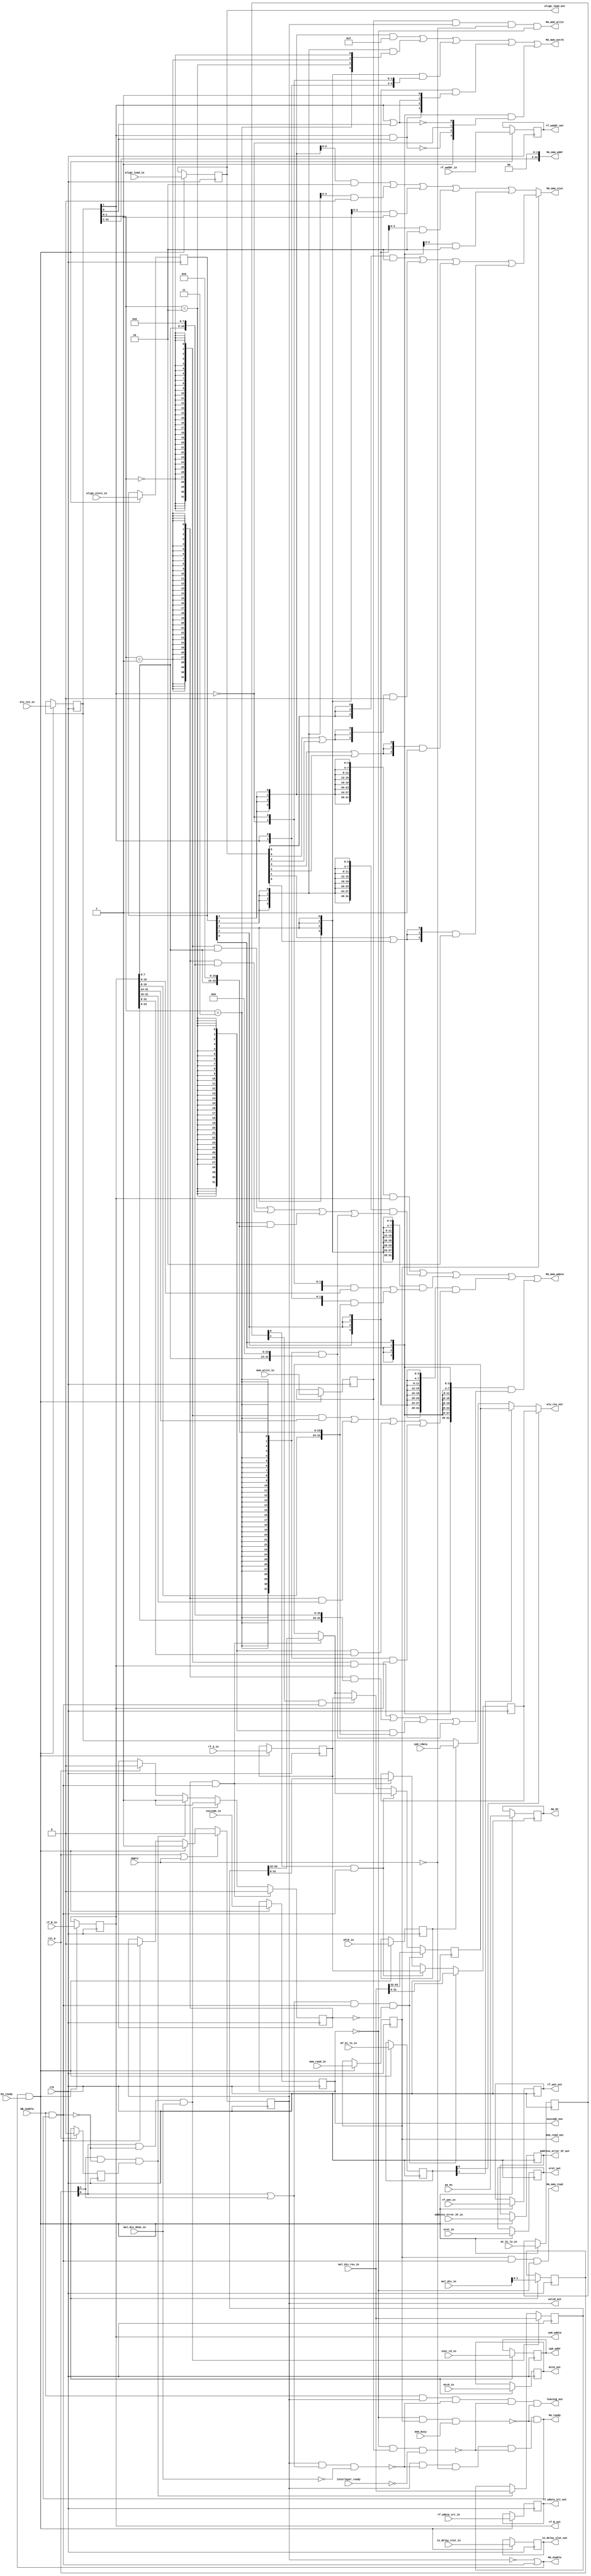
module MA(
    input clk,
    input rst_p,
    input empty,

    //pipeline signals
    input  EX_ready,
    output MA_enable,
    output MA_ready,
    input  WB_enable,

    //memory access signals
    input  interlayer_ready,
    output MA_mem_read,
    output MA_mem_write,
    output [ 3 : 0] MA_mem_wstrb,
    output [31 : 0] MA_mem_addr,
    output [ 2 : 0] MA_mem_size,
    output [31 : 0] MA_mem_wdata,
    input  mem_busy,

    //interact with EX
    input [4 : 0] inst_rd_in,

    input [31 : 0] rf_A_in,
    input [31 : 0] rf_B_in,

    input [4 : 0] rf_waddr_in,
    input [2 : 0] rf_wdata_src_in,
    input rf_wen_in,

    input [1 : 0] mf_hi_lo_in,
    input [1 : 0] mt_hi_lo_in,
    input [2 : 0] mul_div_in,

    input mem_read_in,
    input mem_write_in,
    input [6 : 0] align_load_in,
    input [4 : 0] align_store_in,

    input eret_in,
    input mfc0_in,
    input mtc0_in,

    input [31 : 0] alu_res_in,

    input [31 : 0] EX_PC,

    input in_delay_slot_in,
    input address_error_IF_in,
    input [4 : 0] exccode_in,

    //interact with WB
    output [31 : 0] rf_B_out,
    output [ 4 : 0] rf_waddr_out,
    output [ 2 : 0] rf_wdata_src_out,
    output rf_wen_out,
    output [31 : 0] alu_res_out,
    output mem_read_out,
    output [6 : 0] align_load_out,

    output reg [31 : 0] MA_PC,

    //interact with mul_div
    input mul_div_done_in,
    input [63 : 0] mul_div_res_in,

    //interact with forward
    output valid_out,
    output leaving_out,

    //interract with excption
    output address_error_IF_out,
    output in_delay_slot_out,
    output [ 4 : 0] cp0_addr,
    input  [31 : 0] cp0_rdata,
    output [31 : 0] cp0_wdata,
    output mtc0_out,
    output eret_out,
    output [4 : 0] exccode_out
);

reg valid;
assign valid_out = valid;

wire comming = MA_enable && EX_ready;
wire leaving = WB_enable && MA_ready;

reg [4 : 0] inst_rd;
reg [31 : 0] rf_A;
reg [31 : 0] rf_B;
reg [4 : 0] rf_waddr;
reg [2 : 0] rf_wdata_src;
reg rf_wen;
reg [1 : 0] mf_hi_lo;
reg [1 : 0] mt_hi_lo;
reg [1 : 0] mul_div;
reg mem_read;
reg mem_write;
reg [6 : 0] align_load;
reg [4 : 0] align_store;
reg eret;
reg mfc0;
reg mtc0;

wire doing;
assign leaving_out = WB_enable && valid && !doing && !(exccode == 5'd0 && mem_write && !interlayer_ready) && !(exccode == 5'd0 && mem_read && mem_busy); //to avoid leaving-empty combinational loop

always @(posedge clk)
begin
    if(rst_p || empty) valid <= 1'd0;
    else if(comming) valid <= 1'd1;
    else if(leaving) valid <= 1'd0;
    else ;
end

assign MA_enable = !valid || leaving;
assign MA_ready  =  valid && !doing && !empty && !(exccode == 5'd0 && mem_write && !interlayer_ready) && !(exccode == 5'd0 && mem_read && mem_busy);

reg [31 : 0] alu_res;
reg [31 : 0] HI;
reg [31 : 0] LO;
reg in_delay_slot;
reg address_error_IF;
reg [4 : 0] exccode;

always @(posedge clk)
begin
    if(comming)
    begin
        inst_rd <= inst_rd_in;

        rf_A <= rf_A_in;
        rf_B <= rf_B_in;

        rf_waddr     <= rf_waddr_in;
        rf_wdata_src <= rf_wdata_src_in;
        rf_wen       <= rf_wen_in;

        mf_hi_lo <= mf_hi_lo_in;
        mt_hi_lo <= mt_hi_lo_in;
        mul_div  <= mul_div_in[1:0]; //don't mind signed or unsigned now

        mem_read  <= mem_read_in;
        mem_write <= mem_write_in;
        align_load  <= align_load_in;
        align_store <= align_store_in;

        eret <= eret_in;
        mfc0 <= mfc0_in;
        mtc0 <= mtc0_in;

        alu_res <= alu_res_in;

        in_delay_slot    <= in_delay_slot_in;
        address_error_IF <= address_error_IF_in;
        exccode          <= exccode_in;
    end
    else ;
end

assign rf_waddr_out = rf_waddr;
assign rf_wdata_src_out = rf_wdata_src;
assign rf_wen_out = rf_wen;

assign alu_res_out = mf_hi_lo[0] ? LO :
                     mf_hi_lo[1] ? HI :
                     mfc0 ? cp0_rdata : alu_res;

assign mem_read_out = mem_read;
assign align_load_out = align_load;

assign rf_B_out = rf_B;

assign in_delay_slot_out    = in_delay_slot;
assign address_error_IF_out = address_error_IF;
assign cp0_addr  = inst_rd;
assign cp0_wdata = rf_B;
assign mtc0_out  = mtc0;
assign eret_out  = eret;
assign exccode_out = exccode;

assign doing = valid && (mul_div[0] || mul_div[1]) && !mul_div_done_in;

wire [3 : 0] alu_res_align = {alu_res[1:0] == 2'b11, alu_res[1:0] == 2'b10,
                              alu_res[1:0] == 2'b01, alu_res[1:0] == 2'b00};
wire [31 : 0] mem_sw_data  = rf_B;
wire [31 : 0] mem_sb_data  = ( {32{alu_res_align[2'b00]}} & {24'd0, rf_B[7 : 0]       } ) |
                             ( {32{alu_res_align[2'b01]}} & {16'd0, rf_B[7 : 0],  8'd0} ) |
                             ( {32{alu_res_align[2'b10]}} & { 8'd0, rf_B[7 : 0], 16'd0} ) |
                             ( {32{alu_res_align[2'b11]}} & {       rf_B[7 : 0], 24'd0} ) ;
wire [31 : 0] mem_sh_data  = ( {32{~alu_res[1]}} & {16'd0, rf_B[15 : 0]} ) |
                             ( {32{ alu_res[1]}} & {rf_B[15 : 0], 16'd0} ) ;
wire [31 : 0] mem_swl_data = ( {32{alu_res_align[2'b00]}} & {24'd0, rf_B[31 : 24]} ) |
                             ( {32{alu_res_align[2'b01]}} & {16'd0, rf_B[31 : 16]} ) |
                             ( {32{alu_res_align[2'b10]}} & { 8'd0, rf_B[31 :  8]} ) |
                             ( {32{alu_res_align[2'b11]}} & rf_B ) ;
wire [31 : 0] mem_swr_data = ( {32{alu_res_align[2'b00]}} & rf_B ) |
                             ( {32{alu_res_align[2'b01]}} & {rf_B[23 : 0],  8'd0} ) |
                             ( {32{alu_res_align[2'b10]}} & {rf_B[15 : 0], 16'd0} ) |
                             ( {32{alu_res_align[2'b11]}} & {rf_B[ 7 : 0], 24'd0} ) ;
wire [ 3 : 0] mem_sw_strb  = 4'b1111;
wire [ 3 : 0] mem_sb_strb  = {alu_res_align[2'b11], alu_res_align[2'b10],
                              alu_res_align[2'b01], alu_res_align[2'b00]};
wire [ 3 : 0] mem_sh_strb  = {alu_res[1], alu_res[1], ~alu_res[1], ~alu_res[1]};
wire [ 3 : 0] mem_swl_strb = {alu_res[1] & alu_res[0], alu_res[1], alu_res[1] | alu_res[0], 1'b1};
wire [ 3 : 0] mem_swr_strb = {1'b1, ~(alu_res[1] & alu_res[0]), ~alu_res[1], ~(alu_res[1] | alu_res[0])};

assign MA_mem_read  = mem_read && leaving && exccode == 5'd0;
assign MA_mem_write = mem_write && valid && !empty && exccode == 5'd0;
assign MA_mem_wstrb = ( {4{align_store[4]}} & mem_sw_strb  ) |
                      ( {4{align_store[3]}} & mem_sb_strb  ) |
                      ( {4{align_store[2]}} & mem_sh_strb  ) |
                      ( {4{align_store[1]}} & mem_swl_strb ) |
                      ( {4{align_store[0]}} & mem_swr_strb ) ;
assign MA_mem_addr  = {alu_res[31 : 2], 2'd0};
wire [2 : 0] load_size  = ( {3{align_load[6]}} & 3'd2 ) |
                          ( {3{align_load[5] | align_load[4]}} & 3'd0 ) |
                          ( {3{align_load[3] | align_load[2]}} & 3'd1 ) |
                          ( {3{align_load[1] | align_load[0]}} & 3'd2 ) ;
wire [2 : 0] store_size = ({3{align_store[4]}} & 3'd2) |
                          ({3{align_store[3]}} & 3'd0) |
                          ({3{align_store[2]}} & 3'd1) |
                          ({3{align_store[1]}} & 3'd2) |
                          ({3{align_store[0]}} & 3'd2) ;
assign MA_mem_size  = mem_read ? load_size : store_size;
assign MA_mem_wdata = ( {32{align_store[4]}} & mem_sw_data  ) |
                      ( {32{align_store[3]}} & mem_sb_data  ) |
                      ( {32{align_store[2]}} & mem_sh_data  ) |
                      ( {32{align_store[1]}} & mem_swl_data ) |
                      ( {32{align_store[0]}} & mem_swr_data ) ;

reg        has_mul_div_res;
reg [63:0] mul_div_res;
reg        first_cycle;

always @(posedge clk)
begin
    if (rst_p) has_mul_div_res <= 1'd0;
    if (rst_p) first_cycle <= 1'd0;
    else first_cycle <= comming;
    if (mul_div[1] && !leaving && first_cycle)
    begin
        mul_div_res <= mul_div_res_in;
        has_mul_div_res <= 1'd1;
    end
    if (mul_div[0] && !leaving && mul_div_done_in)
    begin
        mul_div_res <= mul_div_res_in;
        has_mul_div_res <= 1'd1;
    end
    if (has_mul_div_res && leaving)
    begin
        {HI, LO} <= mul_div_res;
        has_mul_div_res <= 1'd0;
    end
    if((mul_div[0] || mul_div[1]) && leaving && !has_mul_div_res) {HI, LO} <= mul_div_res_in;

    else if(mt_hi_lo[0] && leaving) LO <= rf_A;
    else if(mt_hi_lo[1] && leaving) HI <= rf_A;
    else ;
end

always @(posedge clk)
begin
    if(comming) MA_PC <= EX_PC;
    else ;
end

endmodule